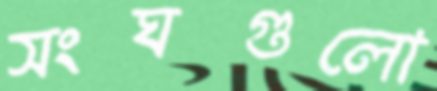
সংঘগুলো